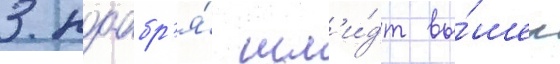
3 ноабр'я́ шм'и́дт вы́шел